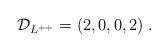
\begin{align*} {\cal D}_{L^{++}} = (2,0,0,2)\;.\end{align*}